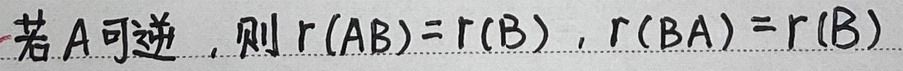
若\(A\)可逆，则\(r(AB)=r(B)\)，\(r(BA)=r(B)\)